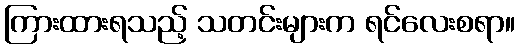
ကြားထားရသည့် သတင်းများက ရင်လေးစရာ။